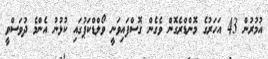
އުމުރުން 43 އަހަރުގެ މޮންޑްރެގޮން ވެގެން ގޮސްފައިވަނީ ވޯލްޑްކަޕުގައި ކުޅުނު އެންމެ ދުވަސްވީ